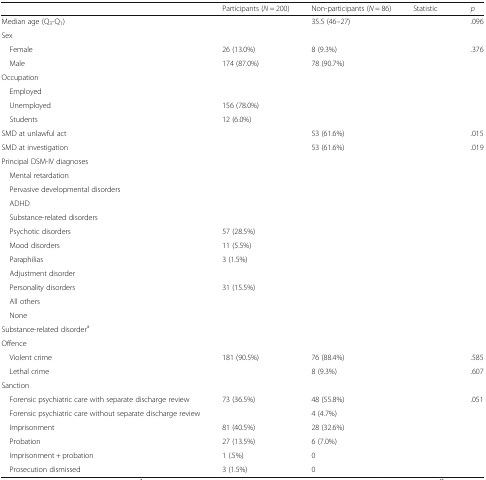
<table><thead><tr><td>[EMPTY_CELL]</td><td><b>Participants (<i>N</i> = 200)</b></td><td><b>Non-participants (<i>N</i> = 86)</b></td><td><b>Statistic</b></td><td><b><i>p</i></b></td></tr></thead><tbody><tr><td>Median age (Q<sub>3</sub>-Q<sub>1</sub>)</td><td>[EMPTY_CELL]</td><td>35.5 (46–27)</td><td>[EMPTY_CELL]</td><td>.096</td></tr><tr><td colspan="5">Sex</td></tr><tr><td> Female</td><td>26 (13.0%)</td><td>8 (9.3%)</td><td>[EMPTY_CELL]</td><td>.376</td></tr><tr><td> Male</td><td>174 (87.0%)</td><td>78 (90.7%)</td><td>[EMPTY_CELL]</td><td>[EMPTY_CELL]</td></tr><tr><td colspan="5">Occupation</td></tr><tr><td> Employed</td><td>[EMPTY_CELL]</td><td>[EMPTY_CELL]</td><td>[EMPTY_CELL]</td><td>[EMPTY_CELL]</td></tr><tr><td> Unemployed</td><td>156 (78.0%)</td><td>[EMPTY_CELL]</td><td>[EMPTY_CELL]</td><td>[EMPTY_CELL]</td></tr><tr><td> Students</td><td>12 (6.0%)</td><td>[EMPTY_CELL]</td><td>[EMPTY_CELL]</td><td>[EMPTY_CELL]</td></tr><tr><td>SMD at unlawful act</td><td>[EMPTY_CELL]</td><td>53 (61.6%)</td><td>[EMPTY_CELL]</td><td>.015</td></tr><tr><td>SMD at investigation</td><td>[EMPTY_CELL]</td><td>53 (61.6%)</td><td>[EMPTY_CELL]</td><td>.019</td></tr><tr><td colspan="5">Principal DSM-IV diagnoses</td></tr><tr><td> Mental retardation</td><td>[EMPTY_CELL]</td><td>[EMPTY_CELL]</td><td>[EMPTY_CELL]</td><td>[EMPTY_CELL]</td></tr><tr><td> Pervasive developmental disorders</td><td>[EMPTY_CELL]</td><td>[EMPTY_CELL]</td><td>[EMPTY_CELL]</td><td>[EMPTY_CELL]</td></tr><tr><td> ADHD</td><td>[EMPTY_CELL]</td><td>[EMPTY_CELL]</td><td>[EMPTY_CELL]</td><td>[EMPTY_CELL]</td></tr><tr><td> Substance-related disorders</td><td>[EMPTY_CELL]</td><td>[EMPTY_CELL]</td><td>[EMPTY_CELL]</td><td>[EMPTY_CELL]</td></tr><tr><td> Psychotic disorders</td><td>57 (28.5%)</td><td>[EMPTY_CELL]</td><td>[EMPTY_CELL]</td><td>[EMPTY_CELL]</td></tr><tr><td> Mood disorders</td><td>11 (5.5%)</td><td>[EMPTY_CELL]</td><td>[EMPTY_CELL]</td><td>[EMPTY_CELL]</td></tr><tr><td> Paraphilias</td><td>3 (1.5%)</td><td>[EMPTY_CELL]</td><td>[EMPTY_CELL]</td><td>[EMPTY_CELL]</td></tr><tr><td> Adjustment disorder</td><td>[EMPTY_CELL]</td><td>[EMPTY_CELL]</td><td>[EMPTY_CELL]</td><td>[EMPTY_CELL]</td></tr><tr><td> Personality disorders</td><td>31 (15.5%)</td><td>[EMPTY_CELL]</td><td>[EMPTY_CELL]</td><td>[EMPTY_CELL]</td></tr><tr><td> All others</td><td>[EMPTY_CELL]</td><td>[EMPTY_CELL]</td><td>[EMPTY_CELL]</td><td>[EMPTY_CELL]</td></tr><tr><td> None</td><td>[EMPTY_CELL]</td><td>[EMPTY_CELL]</td><td>[EMPTY_CELL]</td><td>[EMPTY_CELL]</td></tr><tr><td>Substance-related disorder<sup>a</sup></td><td>[EMPTY_CELL]</td><td>[EMPTY_CELL]</td><td>[EMPTY_CELL]</td><td>[EMPTY_CELL]</td></tr><tr><td colspan="5">Offence</td></tr><tr><td> Violent crime</td><td>181 (90.5%)</td><td>76 (88.4%)</td><td>[EMPTY_CELL]</td><td>.585</td></tr><tr><td> Lethal crime</td><td>[EMPTY_CELL]</td><td>8 (9.3%)</td><td>[EMPTY_CELL]</td><td>.607</td></tr><tr><td colspan="5">Sanction</td></tr><tr><td> Forensic psychiatric care with separate discharge review</td><td>73 (36.5%)</td><td>48 (55.8%)</td><td>[EMPTY_CELL]</td><td>.051</td></tr><tr><td> Forensic psychiatric care without separate discharge review</td><td>[EMPTY_CELL]</td><td>4 (4.7%)</td><td>[EMPTY_CELL]</td><td>[EMPTY_CELL]</td></tr><tr><td> Imprisonment</td><td>81 (40.5%)</td><td>28 (32.6%)</td><td>[EMPTY_CELL]</td><td>[EMPTY_CELL]</td></tr><tr><td> Probation</td><td>27 (13.5%)</td><td>6 (7.0%)</td><td>[EMPTY_CELL]</td><td>[EMPTY_CELL]</td></tr><tr><td> Imprisonment + probation</td><td>1 (.5%)</td><td>0</td><td>[EMPTY_CELL]</td><td>[EMPTY_CELL]</td></tr><tr><td> Prosecution dismissed</td><td>3 (1.5%)</td><td>0</td><td>[EMPTY_CELL]</td><td>[EMPTY_CELL]</td></tr></tbody></table>